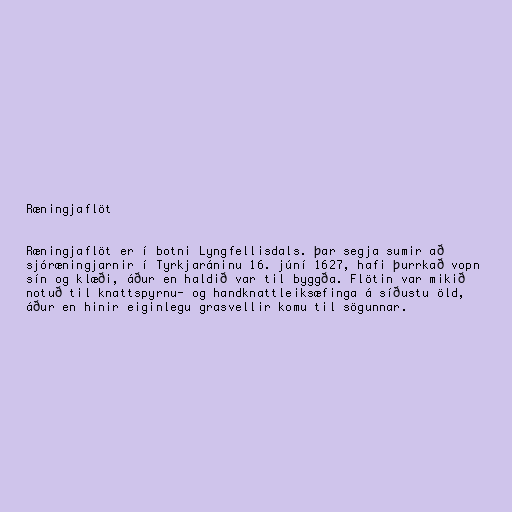
Ræningjaflöt

Ræningjaflöt er í botni Lyngfellisdals. þar segja sumir að
sjóræningjarnir í Tyrkjaráninu 16. júní 1627, hafi þurrkað vopn
sín og klæði, áður en haldið var til byggða. Flötin var mikið
notuð til knattspyrnu- og handknattleiksæfinga á síðustu öld,
áður en hinir eiginlegu grasvellir komu til sögunnar.